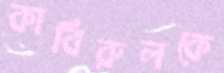
কাবিরুলকে